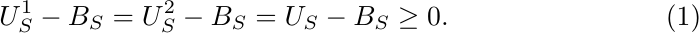
\begin{align}
 U^1_S - B_S = U^2_S - B_S = U_S - B_S \geq 0. \label{assump_contradiction}
\end{align}